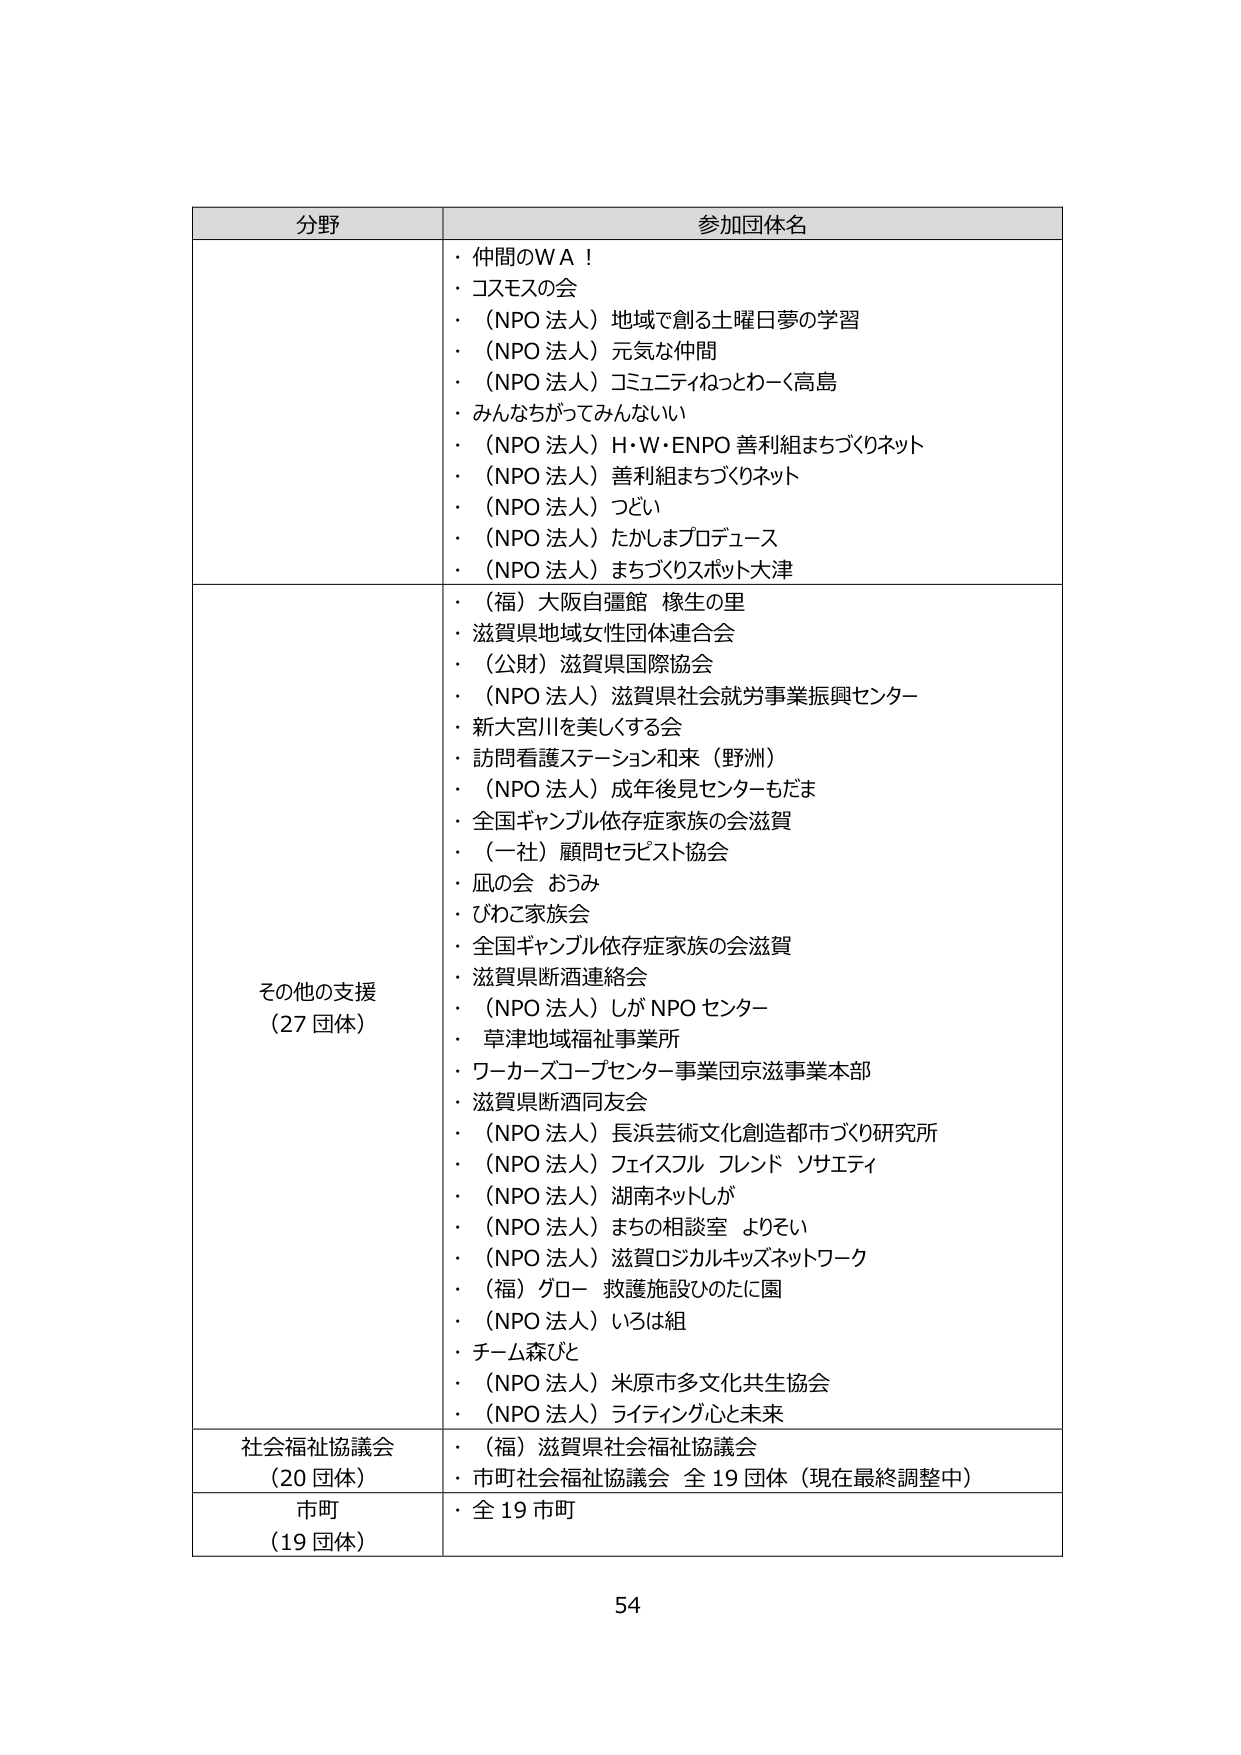
分野	参加団体名
・仲間のＷＡ！
・コスモスの会
・（NPO 法人）地域で創る土曜日夢の学習
・（NPO 法人）元気な仲間
・（NPO 法人）コミュニティねっとわーく高島
・みんなちがってみんないい
・（NPO 法人）Ｈ・Ｗ・ENPO 善利組まちづくりネット
・（NPO 法人）善利組まちづくりネット
・（NPO 法人）つどい
・（NPO 法人）たかしまプロデュース
・（NPO 法人）まちづくりスポット大津
その他の支援
（27 団体）
・（福）大阪自彊館 椋生の里
・滋賀県地域女性団体連合会
・（公財）滋賀県国際協会
・（NPO 法人）滋賀県社会就労事業振興センター
・新大宮川を美しくする会
・訪問看護ステーション和来（野洲）
・（NPO 法人）成年後見センターもだま
・全国ギャンブル依存症家族の会滋賀
・（一社）顧問セラピスト協会
・凪の会 おうみ
・びわこ家族会
・全国ギャンブル依存症家族の会滋賀
・滋賀県断酒連絡会
・（NPO 法人）しがNPO センター
・草津地域福祉事業所
・ワーカーズコープセンター事業団京滋事業本部
・滋賀県断酒同友会
・（NPO 法人）長浜芸術文化創造都市づくり研究所
・（NPO 法人）フェイスフル フレンド ソサエティ
・（NPO 法人）湖南ネットしが
・（NPO 法人）まちの相談室 よりそい
・（NPO 法人）滋賀ロジカルキッズネットワーク
・（福）グロー 救護施設ひのたに園
・（NPO 法人）いろは組
・チーム森びと
・（NPO 法人）米原市多文化共生協会
・（NPO 法人）ライティング心と未来
社会福祉協議会
（20 団体）
・（福）滋賀県社会福祉協議会
・市町社会福祉協議会 全 19 団体（現在最終調整中）
市町
（19 団体）
・全 19 市町
54